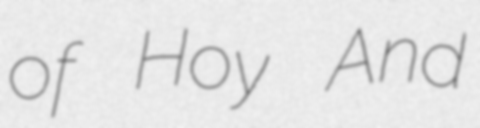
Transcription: of Hoy And